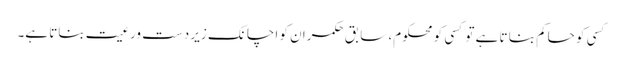
کسی کو حاکم بنا تا ہے تو کسی کو محکوم، سابق حکمران کو اچانک زیر دست ورعیت بناتا ہے۔